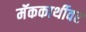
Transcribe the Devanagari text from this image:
मॅककार्थीवर